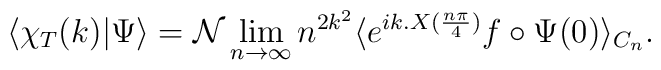
\langle\chi_T(k)|\Psi\rangle=\mathcal{N}\lim_{n\to\infty} n^{2k^2}\langle e^{ik.X(\frac{n\pi}{4})}f\circ\Psi(0)\rangle_{C_n} .